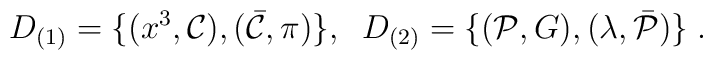
D_{(1)}=\{(x^3,{\cal C}),(\bar{\cal C},\pi)\},\;\;  D_{(2)}=\{({\cal P},G),(\lambda,\bar{\cal P})\}\;.